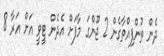
ދެން ތުންފިއްތާގެން 2 ޖޫންގަ މާފަށް އެދެން ޓީވީ އަށް އަރާ 8